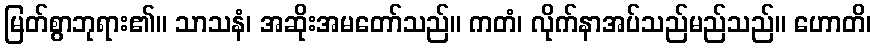
မြတ်စွာဘုရား၏။ သာသနံ၊ အဆိုးအမတော်သည်။ ကတံ၊ လိုက်နာအပ်သည်မည်သည်။ ဟောတိ၊